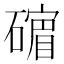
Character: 𪿷